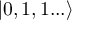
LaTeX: | 0 , 1 , 1 . . . \rangle